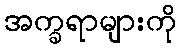
အက္ခရာများကို